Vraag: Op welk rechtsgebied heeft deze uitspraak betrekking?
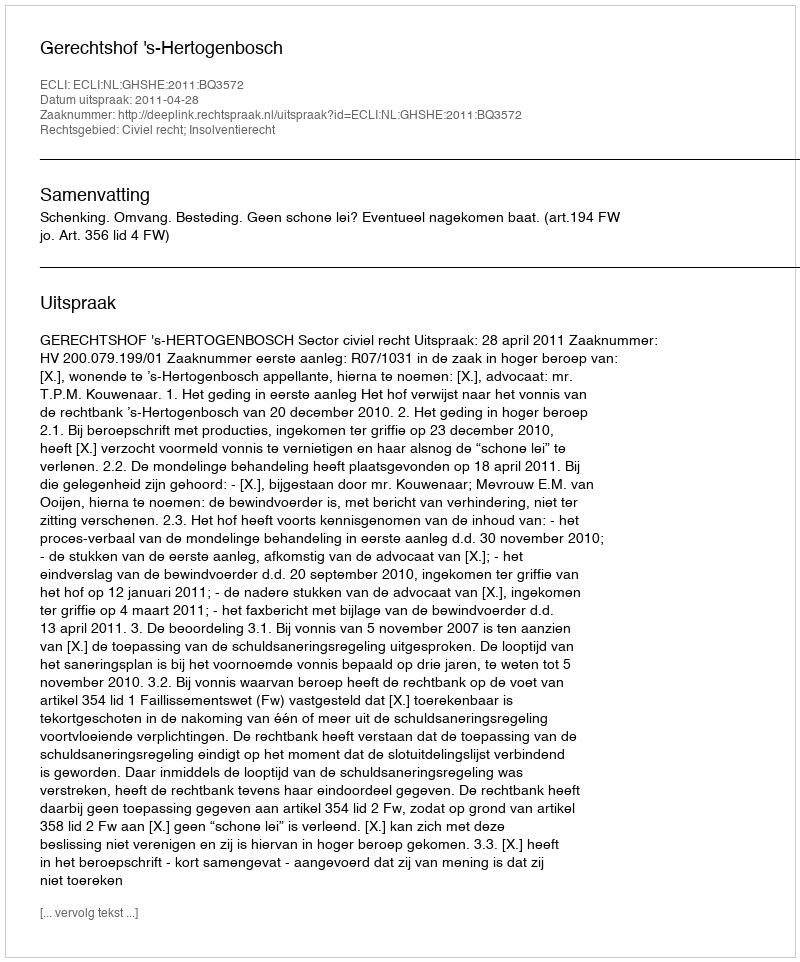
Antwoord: Civiel recht; Insolventierecht